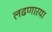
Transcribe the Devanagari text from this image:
लढणाऱया